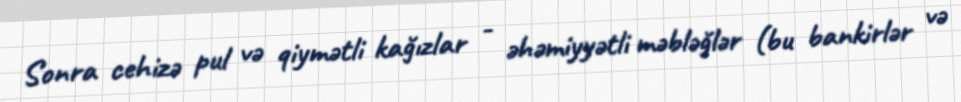
Sonra cehizə pul və qiymətli kağızlar - əhəmiyyətli məbləğlər (bu bankirlər və